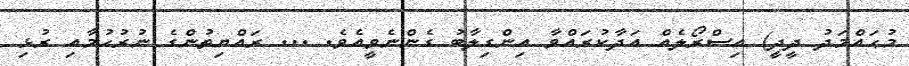
މުޙައްމަދު ދީދީ) އިސްރޯލެއް އަދާކުރައްވާ އިންގިލާބު ގެންނެވީއެވެ. ... ރައްޔިތުންގެ ނުރުހުމާއި ރުޅި